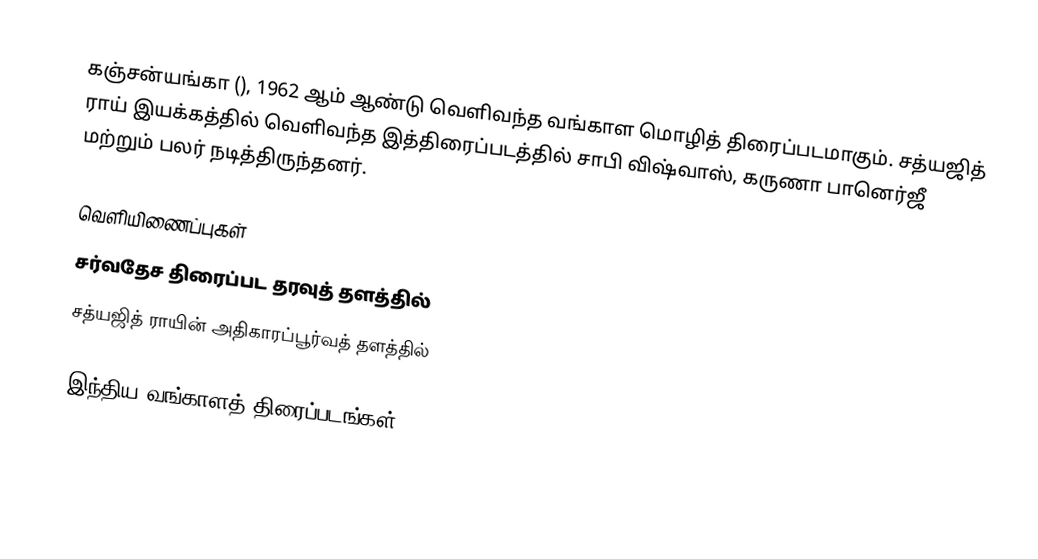
கஞ்சன்யங்கா (), 1962 ஆம் ஆண்டு வெளிவந்த வங்காள மொழித் திரைப்படமாகும். சத்யஜித் ராய் இயக்கத்தில் வெளிவந்த இத்திரைப்படத்தில் சாபி விஷ்வாஸ், கருணா பானெர்ஜீ மற்றும் பலர் நடித்திருந்தனர்.

வெளியிணைப்புகள்
 சர்வதேச திரைப்பட தரவுத் தளத்தில்
 சத்யஜித் ராயின் அதிகாரப்பூர்வத் தளத்தில்

இந்திய வங்காளத் திரைப்படங்கள்